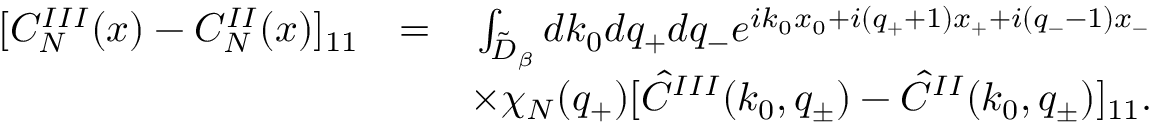
\begin{array} { r l r } { [ C _ { N } ^ { I I I } ( x ) - C _ { N } ^ { I I } ( x ) ] _ { 1 1 } } & { = } & { \int _ { \tilde { \cal D } _ { \beta } } d k _ { 0 } d q _ { + } d q _ { - } { e ^ { i k _ { 0 } x _ { 0 } + i ( q _ { + } + 1 ) x _ { + } + i ( q _ { - } - 1 ) x _ { - } } } } \\ & { } & { \times \chi _ { N } ( q _ { + } ) [ \hat { C } ^ { I I I } ( k _ { 0 } , q _ { \pm } ) - \hat { C } ^ { I I } ( k _ { 0 } , q _ { \pm } ) ] _ { 1 1 } . } \end{array}